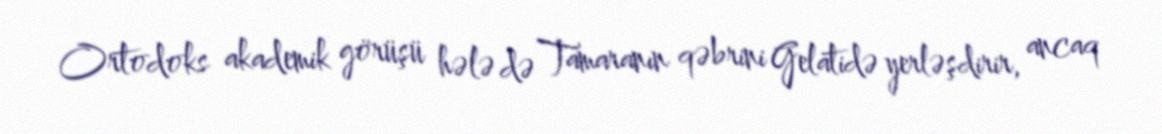
Ortodoks akademik görüşü hələ də Tamaranın qəbrini Gelatidə yerləşdirir, ancaq